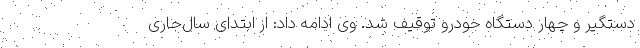
دستگیر و چهار دستگاه خودرو توقیف شد. وی ادامه داد: از ابتدای سال‌جاری